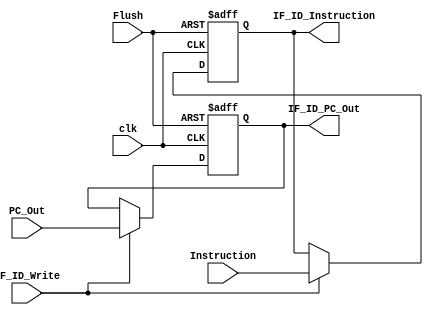
module IF_ID(
  input clk,
  input IF_ID_Write,
  input Flush,
  input [31:0] Instruction,
  input [63:0] PC_Out,
  output reg [31:0] IF_ID_Instruction,
  output reg [63:0] IF_ID_PC_Out
);
  
  always @ (posedge clk or posedge Flush)
    begin
      
      if (Flush == 1'b1)
        begin
          IF_ID_Instruction = 0;
          IF_ID_PC_Out = 0;
        end
      
      else if (!IF_ID_Write)
      begin
        IF_ID_PC_Out = IF_ID_PC_Out;
        IF_ID_Instruction = IF_ID_Instruction;
      end
      
      else
        begin
          IF_ID_Instruction = Instruction;
          IF_ID_PC_Out = PC_Out;
        end
      
    end
  
endmodule